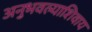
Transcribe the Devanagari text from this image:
अनुभवल्याशिवाय